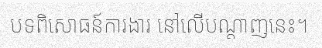
បទពិសោធន៍ការងារ នៅលើបណ្តាញនេះ។